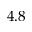
4 . 8